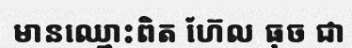
មានឈ្មោះពិត ហ៊ែល ធុច ជា